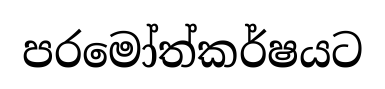
පරමෝත්කර්ෂයට